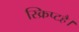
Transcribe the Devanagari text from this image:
स्क्रिप्टहै।